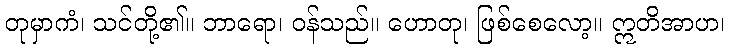
တုမှာကံ၊ သင်တို့၏။ ဘာရော၊ ဝန်သည်။ ဟောတု၊ ဖြစ်စေလော့။ ဣတိအာဟ၊